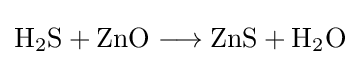
{\mathrm {H} {\vphantom {A}}_{\smash[{t}]{2}}\mathrm {S} {}+{}\mathrm {ZnO} {}\mathrel {\longrightarrow } {}\mathrm {ZnS} {}+{}\mathrm {H} {\vphantom {A}}_{\smash[{t}]{2}}\mathrm {O} }